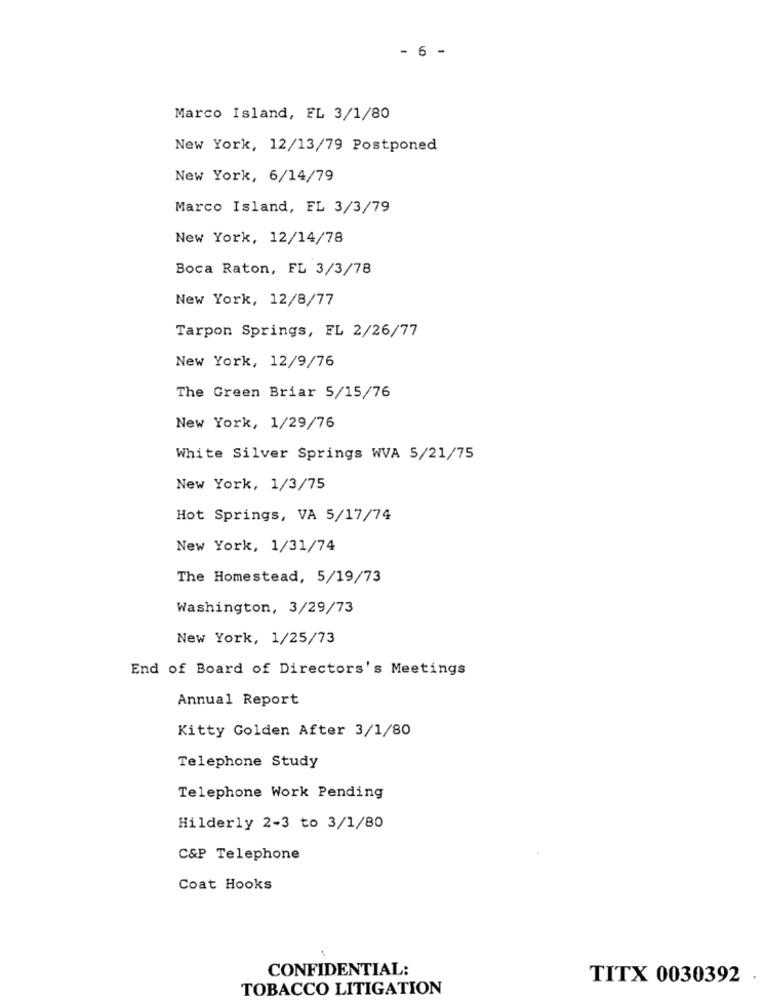
- 6 -
Marco Island, FL 3/1/80
New York, 12/13/79 Postponed
New York, 6/14/79
Marco Island, FL 3/3/79
New York, 12/14/78
Boca Raton, FL 3/3/78
New York, 12/8/77
Tarpon Springs, FL 2/26/77
New York, 12/9/76
The Green Briar 5/15/76
New York, 1/29/76
White Silver Springs WVA 5/21/75
New York, 1/3/75
Hot Springs, VA 5/17/74
New York, 1/31/74
The Homestead, 5/19/73
Washington, 3/29/73
New York, 1/25/73
End of Board of Directors's Meetings
Annual Report
Kitty Golden After 3/1/80
Telephone Study
Telephone Work Pending
Hilderly 2-3 to 3/1/80
C&P Telephone
Coat Hooks
CONFIDENTIAL:
TITX 0030392
TOBACCO LITIGATION